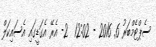
ސެޕްޓެމްބަރު 6